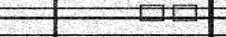
٥٤